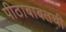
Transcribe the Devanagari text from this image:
पीठाबाबतची